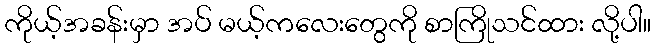
ကိုယ့်အခန်းမှာ အပ် မယ့်ကလေးတွေကို စာကြိုသင်ထား လို့ပါ။